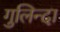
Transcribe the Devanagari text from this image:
गुलिन्दा